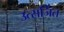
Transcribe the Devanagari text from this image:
उत्सर्जिंत